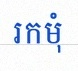
រកមុំ